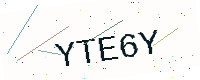
Text: YTE6Y